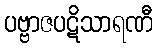
ပဗ္ဗာဇပဋိသာရဏီ